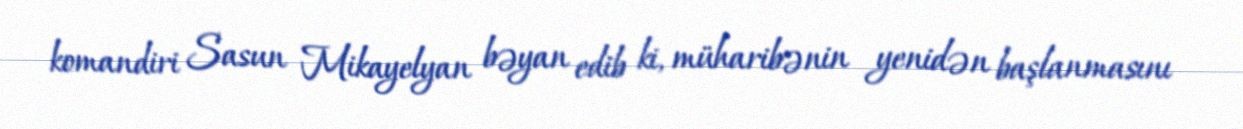
komandiri Sasun Mikayelyan bəyan edib ki, müharibənin yenidən başlanmasını